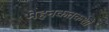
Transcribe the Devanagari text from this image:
मेहनकतकशों